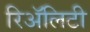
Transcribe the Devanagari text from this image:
रिॲलिटी